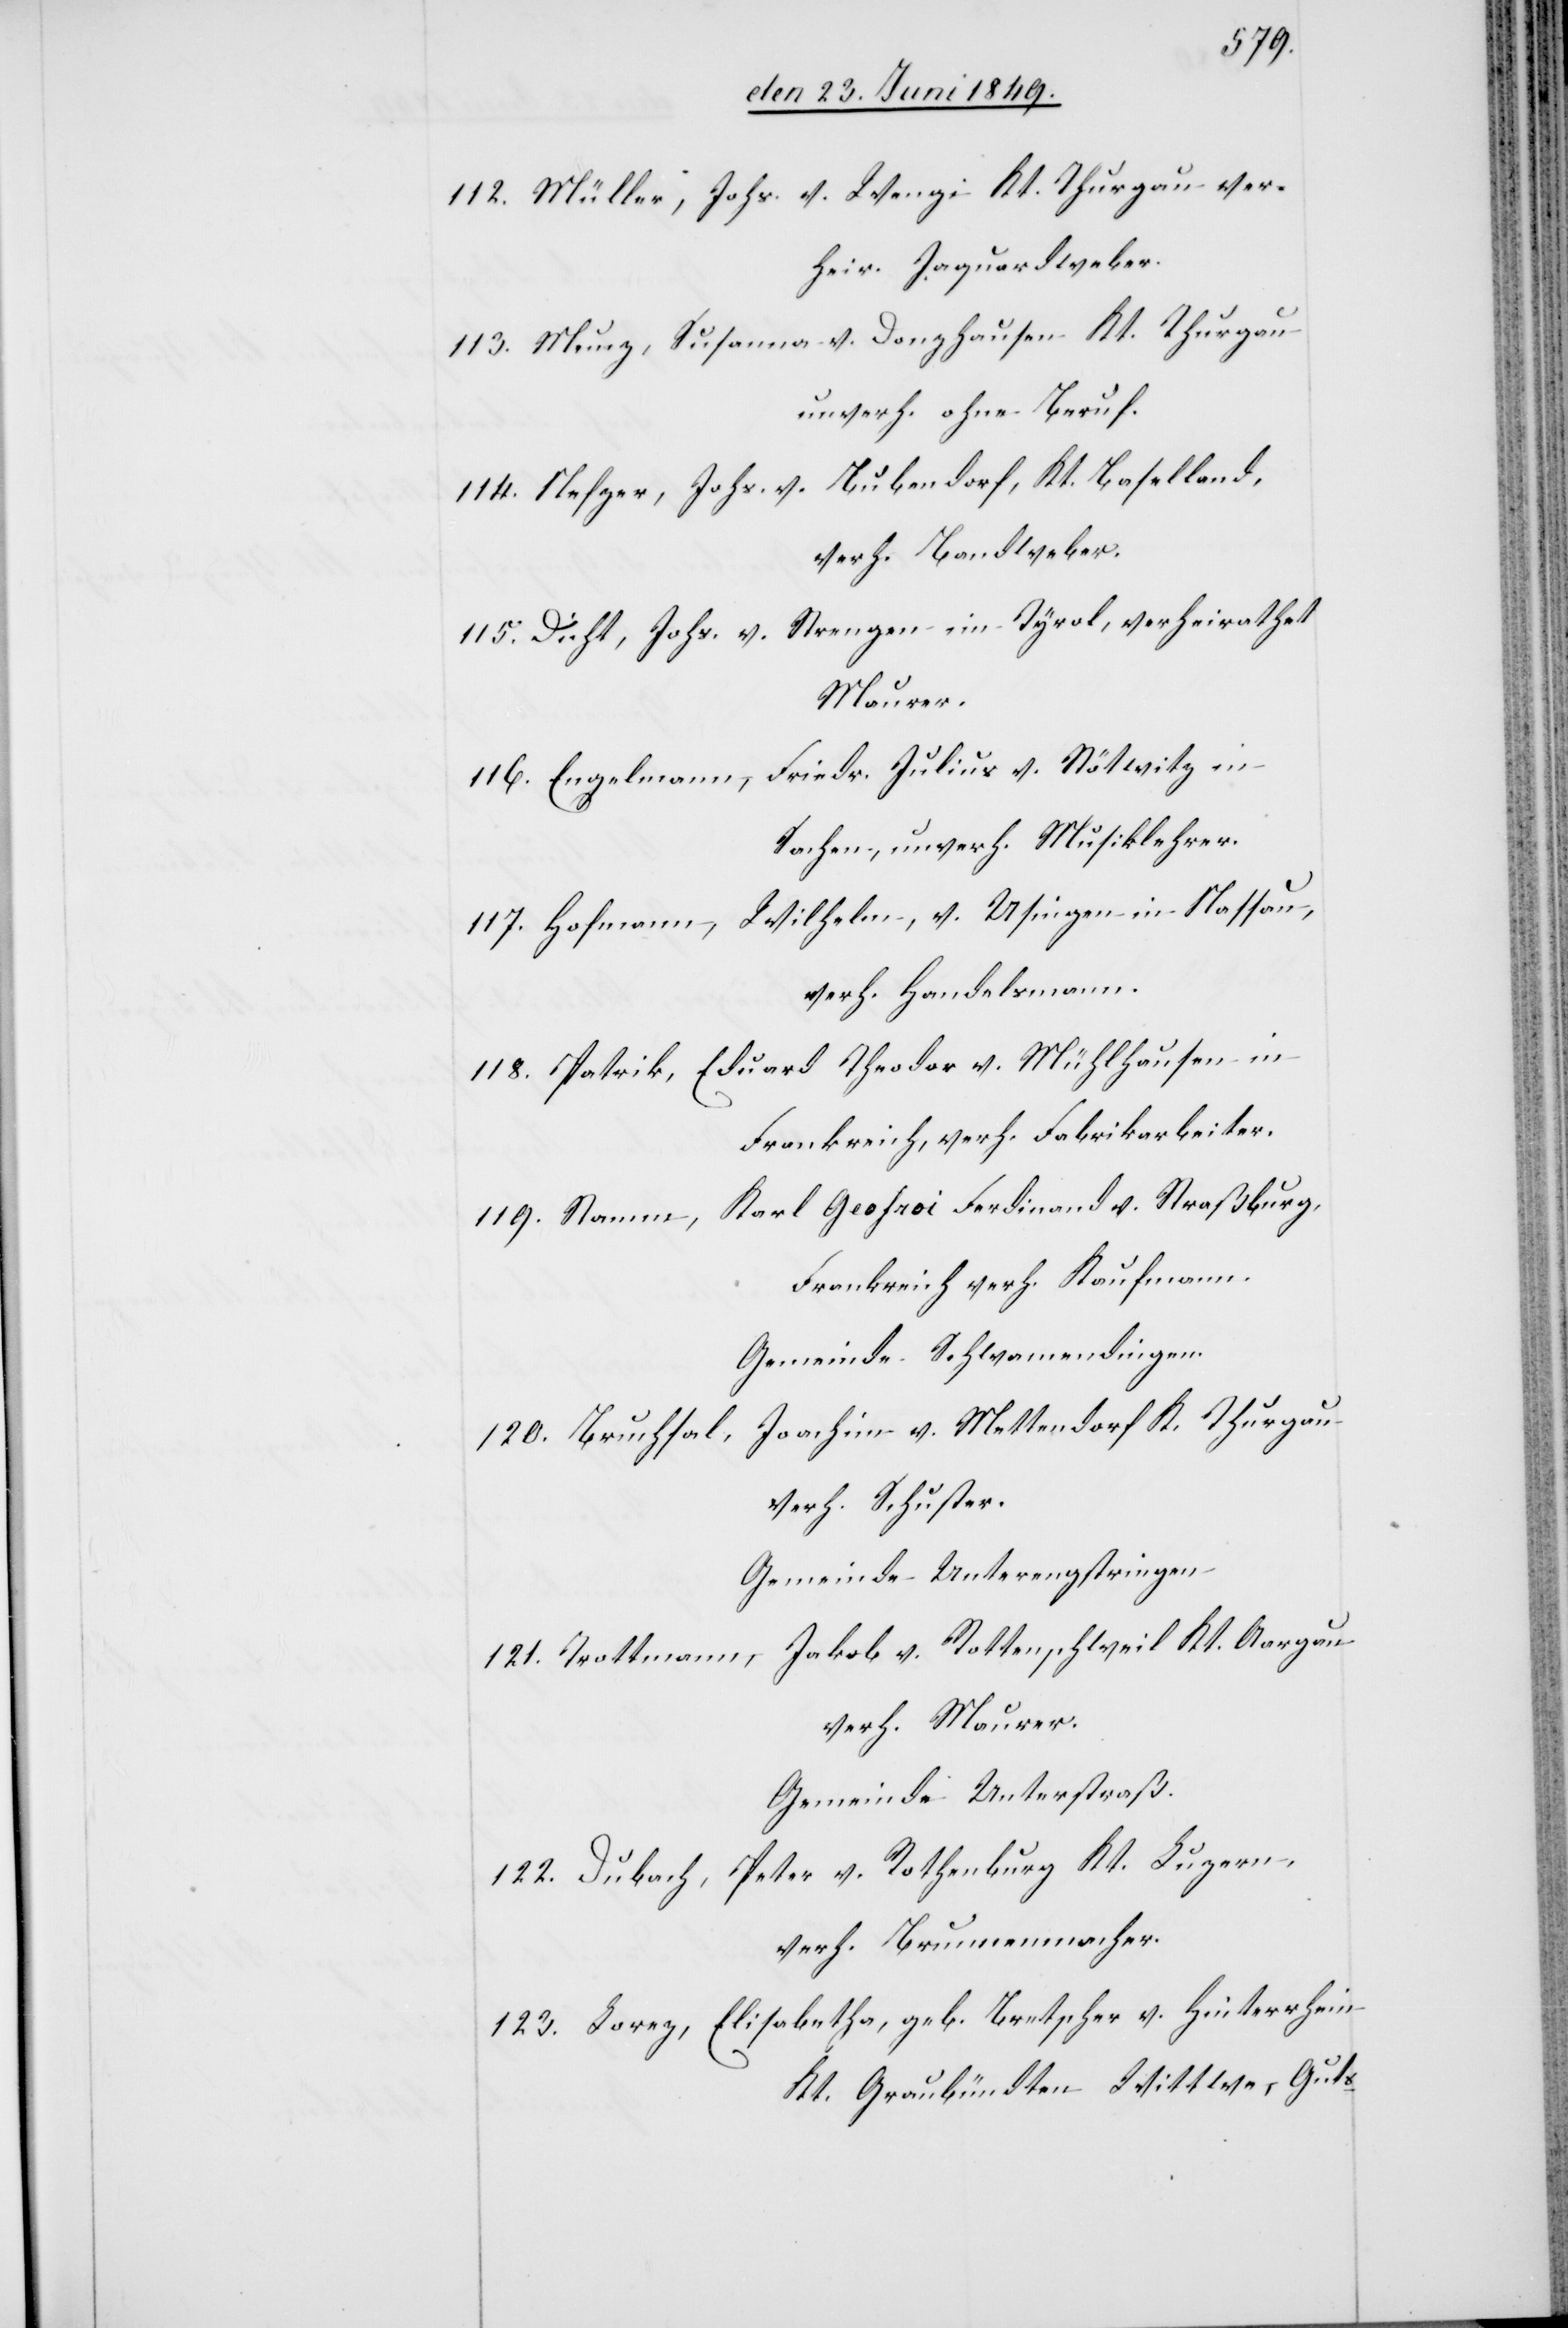
112. Müller, Johs. v. Wengi Kt. Thurgau ver¬
heir. Jaquardweber.
113. Munz, Susanna v. Donzhausen Kt. Thurgau
unverh. ohne Beruf.
114. Nefzer, Johs. v. Bubendorf, Kt. Baselland,
verh. Bandweber.
115. Dicht, Johs. v. Strengen im Tyrol, verheirathet
Maurer.
116. Engelmann, Friedr. Julius v. Nötwitz in
Sachen, unverh. Musiklehrer.
117. Hofmann, Wilhelm, v. Usingen in Nassau,
verh. Handelsmann.
118. Patrik, Eduard Theodor v. Mühlhausen in
Frankreich, verh. Fabrikarbeiter.
Karl Geofroi Ferdinand v. Straßburg,
119. Stamm,
Frankreich verh. Kaufmann.
Gemeinde Schwamendingen.
Joachim v. Mettendorf K. Thurgau
120. Bruchsal,
verh. Schuster.
Gemeinde Unterengstringen.
Jakob v. Rottenschweil Kt. Aargau
121. Trottmann,
verh. Maurer.
Gemeinde Unterstraß.
122. Dubach, Peter v. Rothenburg Kt. Luzern,
verh. Brunnenmacher.
123. Lorez, Elisabetha, geb. Bretscher v. Hinterheim
Kt. Graubündten Wittwe, Guts-